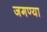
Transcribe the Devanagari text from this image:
जगण्या